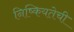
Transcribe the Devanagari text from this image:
निष्कियतेची